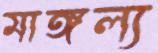
মাঙ্গল্য